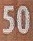
50